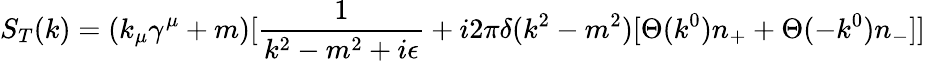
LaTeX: S_{T}(k)=(k_{\mu}\gamma^{\mu}+m)[{\frac{1}{k^{2}-m^{2}+i\epsilon}}+i2\pi\delta(k^{2}-m^{2})[\Theta(k^{0})n_{+}+\Theta(-k^{0})n_{-}]]